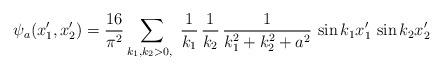
LaTeX: \begin{align*} \psi_a(x'_1,x'_2) = \frac{16}{\pi^2} \sum_{k_1,k_2>0,\ } \frac{1}{k_1}\,\frac{1}{k_2}\,\frac{1}{k^2_1+k^2_2+a^2} \, \sin k_1x'_1\,\sin k_2x'_2\end{align*}